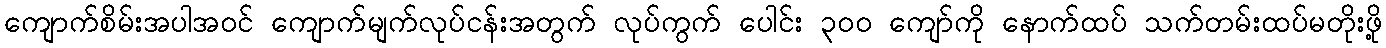
ကျောက်စိမ်းအပါအဝင် ကျောက်မျက်လုပ်ငန်းအတွက် လုပ်ကွက် ပေါင်း ၃၀၀ ကျော်ကို နောက်ထပ် သက်တမ်းထပ်မတိုးဖို့